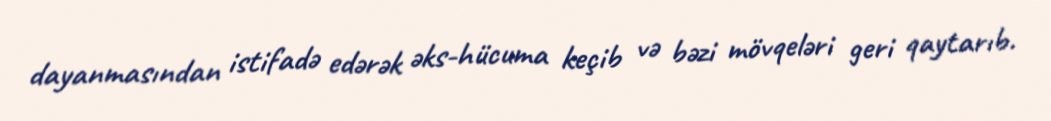
dayanmasından istifadə edərək əks-hücuma keçib və bəzi mövqeləri geri qaytarıb.